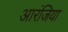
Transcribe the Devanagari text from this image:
आरंजिया